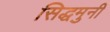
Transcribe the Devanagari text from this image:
सिद्धमुनी